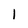
Character: I